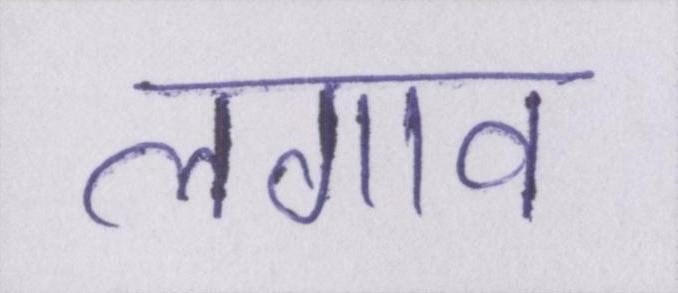
लगाव